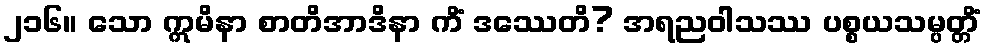
၂၁၆။ သော ဣမိနာ စာတိအာဒိနာ ကိံ ဒဿေတိ? အရညဝါသဿ ပစ္စယသမ္ပတ္တိံ